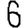
Digit: 6